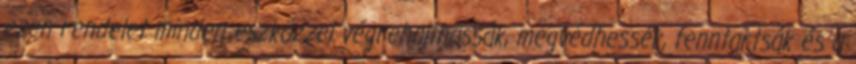
ezen rendelet minden eszközzel végrehajthassák, megvédhessék, fenntartsák és a